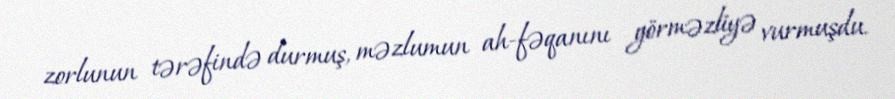
zorlunun tərəfində durmuş, məzlumun ah-fəqanını görməzliyə vurmuşdu.